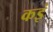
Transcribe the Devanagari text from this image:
कइं